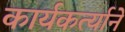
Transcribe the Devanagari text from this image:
कार्यकर्त्याने